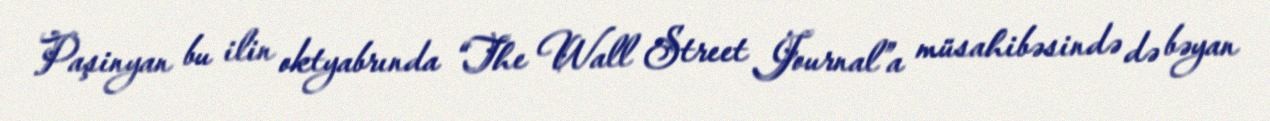
Paşinyan bu ilin oktyabrında “The Wall Street Journal”a müsahibəsində də bəyan